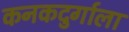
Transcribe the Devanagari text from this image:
कनकदुर्गाला